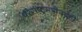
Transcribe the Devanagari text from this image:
परराष्ट्रमंत्रीपदही